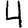
Digit: 4